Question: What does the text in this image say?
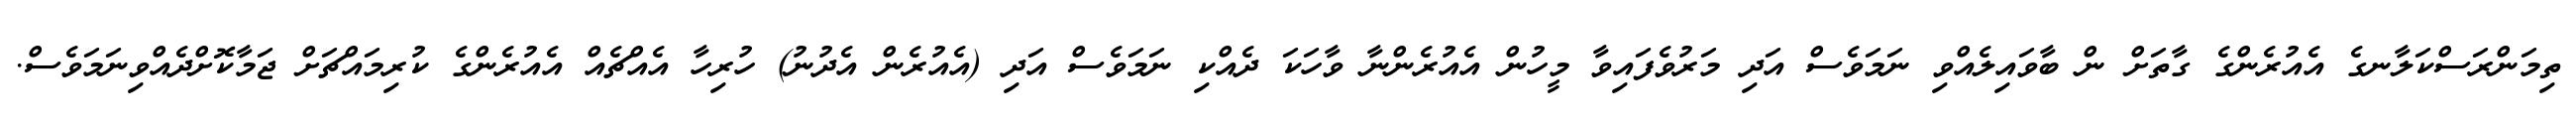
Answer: ތިމަންރަސްކަލާނގެ އެއުރެންގެ ގާތަށް ން ބާވައިލެއްވި ނަމަވެސް އަދި މަރުވެފައިވާ މީހުން އެއުރެންނާ ވާހަކަ ދެއްކި ނަމަވެސް އަދި (އެއުރެން އެދުނު) ހުރިހާ އެއްޗެއް އެއުރެންގެ ކުރިމައްޗަށް ޖަމާކޮށްދެއްވިނަމަވެސް.